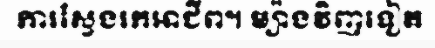
ការស្វែងរកអាជីព។ ម្យ៉ាងវិញទៀត